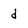
Character: d